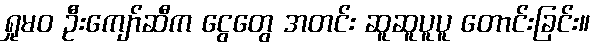
ရှုမဝ ဦးကျော်ဆီက ငွေတွေ အတင်း ဆူဆူပူပူ တောင်းခြင်း။